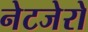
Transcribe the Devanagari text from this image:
नेटजेरो